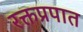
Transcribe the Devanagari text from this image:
रक्तप्रपात